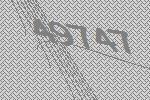
49747